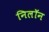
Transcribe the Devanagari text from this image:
निलॉन